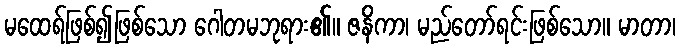
မထေရ်ဖြစ်၍ဖြစ်သော ဂေါတမဘုရား၏။ ဇနိကာ၊ မည်တော်ရင်းဖြစ်သော။ မာတာ၊